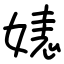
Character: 㜇